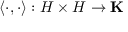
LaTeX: \langle \cdot , \cdot \rangle : H \times H \to \mathbf { K }